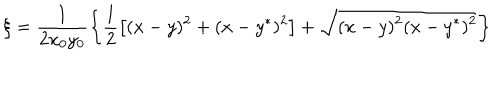
\xi = \frac 1 { 2 x _ { 0 } y _ { 0 } } \left\{ \frac 1 2 \left[ ( x - y ) ^ { 2 } + ( x - y ^ { * } ) ^ { 2 } \right] + \sqrt { ( x - y ) ^ { 2 } ( x - y ^ { * } ) ^ { 2 } } \right\}